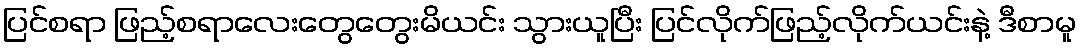
ပြင်စရာ ဖြည့်စရာလေးတွေတွေးမိယင်း သွားယူပြီး ပြင်လိုက်ဖြည့်လိုက်ယင်းနဲ့ ဒီစာမူ